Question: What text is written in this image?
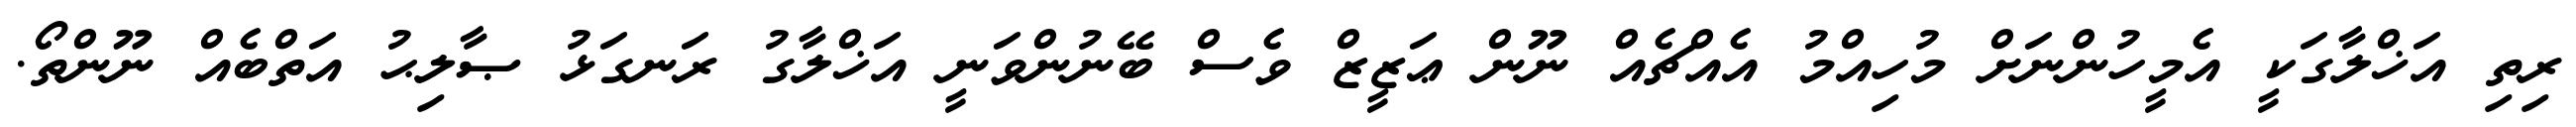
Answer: ރިތި އަޚްލާގަކީ އެމީހުންނަށް މުހިއްމު އެއްޗެއް ނޫން ޢަޒީޒް ވެސް ބޭނުންވަނީ އަޚްލާގު ރަނގަޅު ޞާލިޙު އަތްބެއް ނޫންތޯ.